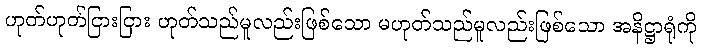
ဟုတ်ဟုတ်ငြားငြား ဟုတ်သည်မူလည်းဖြစ်သော မဟုတ်သည်မူလည်းဖြစ်သော အနိဋ္ဌာရုံကို